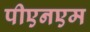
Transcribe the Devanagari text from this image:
पीएनएम